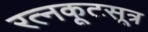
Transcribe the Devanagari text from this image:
रत्नकूटसूत्र